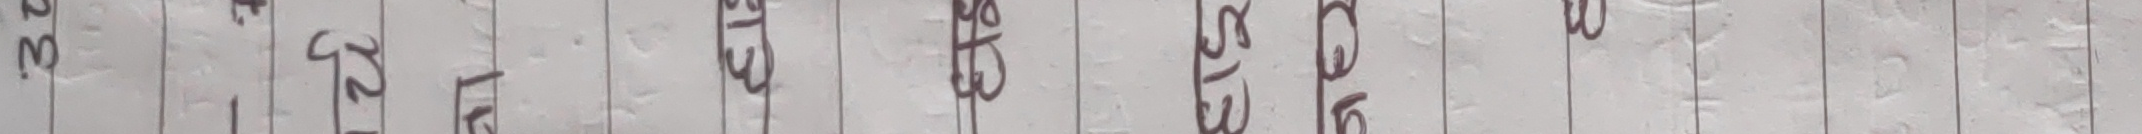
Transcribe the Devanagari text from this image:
१० १४ इ १३ ४ढ ५६ ब